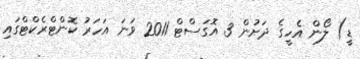
ޑީ) ލޯން އެހީގެ ދަށުން 3 އޮގަސްޓް 2011 ވަނަ އަހަރު ކޮންޓްރެކްޓްގައި